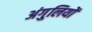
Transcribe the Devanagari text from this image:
अंगु्लियों